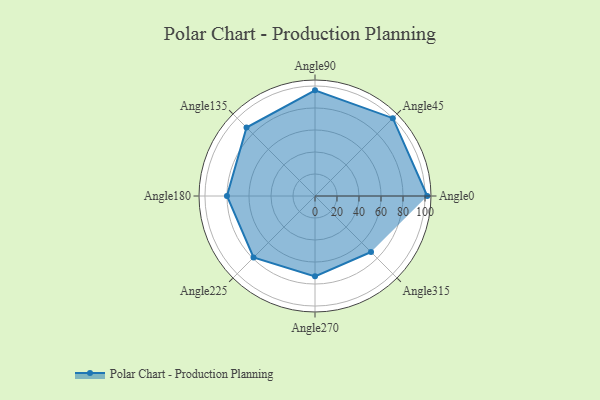
{"axis": {"x": "Angle", "y": "Radius"}, "legend": [""], "data": [{"x": "Angle0", "y": 102.0, "type": ""}, {"x": "Angle45", "y": 100.0, "type": ""}, {"x": "Angle90", "y": 96.0, "type": ""}, {"x": "Angle135", "y": 88.0, "type": ""}, {"x": "Angle180", "y": 80.0, "type": ""}, {"x": "Angle225", "y": 79.0, "type": ""}, {"x": "Angle270", "y": 73.0, "type": ""}, {"x": "Angle315", "y": 72.0, "type": ""}]}